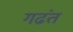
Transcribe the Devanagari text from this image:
गढंत